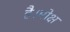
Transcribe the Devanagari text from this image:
है।मोक्ष